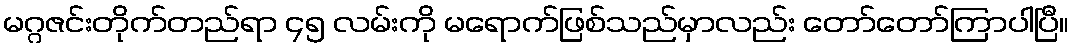
မဂ္ဂဇင်းတိုက်တည်ရာ ၄၅ လမ်းကို မရောက်ဖြစ်သည်မှာလည်း တော်တော်ကြာပါပြီ။